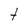
Character: t